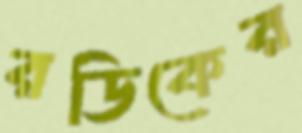
রডিকের